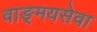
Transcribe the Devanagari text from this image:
वाङ्‌मयसेवा